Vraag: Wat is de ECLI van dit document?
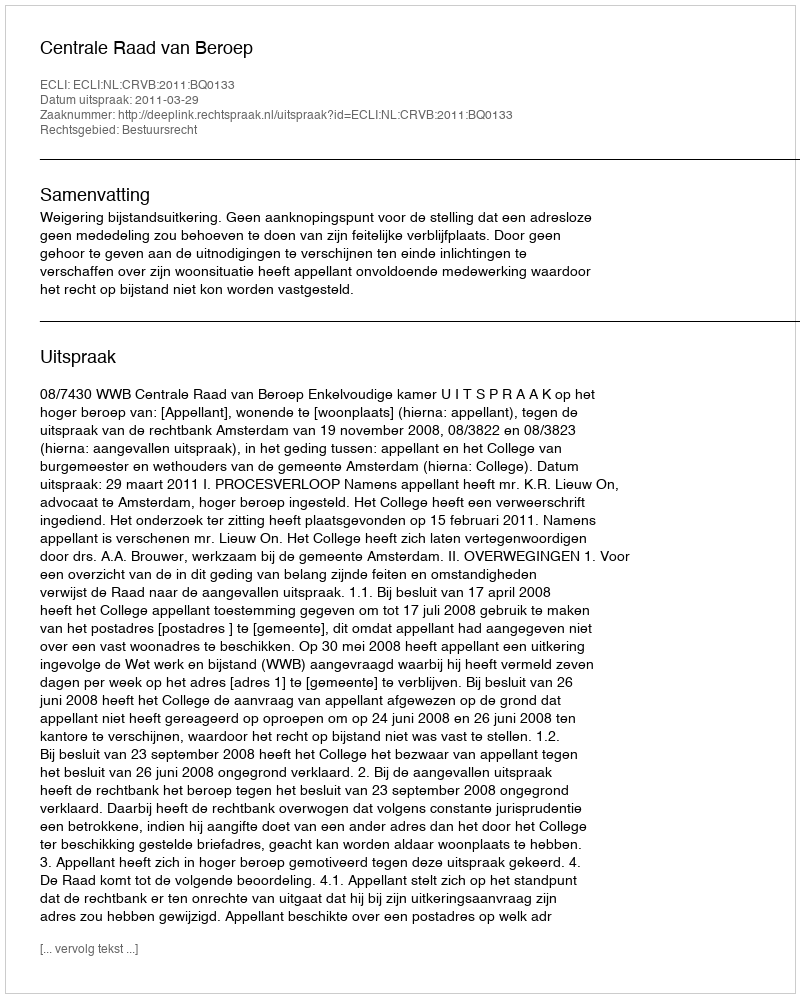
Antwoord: ECLI:NL:CRVB:2011:BQ0133